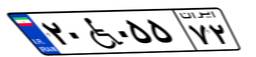
۲۰W۰۵۵۷۲